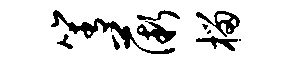
箐薇榴